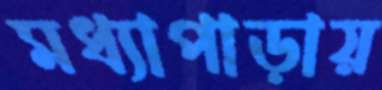
মধ্যাপাড়ায়